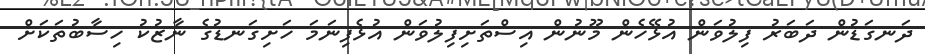
ދަނގަޑުން ދަބަރު ފިލުވަން އުޅޭހެން މޫނުން އިސްތަށިފިލުވަން އުޅެފިނަމަ ހަށިގަނޑުގެ ނާޒުކު ހިސާބުތަކަށް